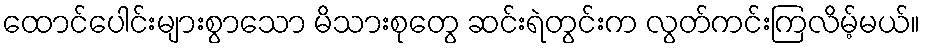
ထောင်ပေါင်းများစွာသော မိသားစုတွေ ဆင်းရဲတွင်းက လွတ်ကင်းကြလိမ့်မယ်။